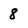
Character: 8